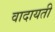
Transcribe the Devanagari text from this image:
वादायती